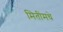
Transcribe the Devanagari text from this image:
मितींमधे